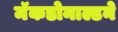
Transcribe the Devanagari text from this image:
मॅकडोनाल्डने